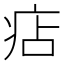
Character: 痁